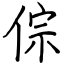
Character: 倧